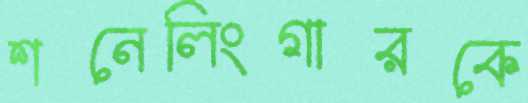
শনেলিংগারকে